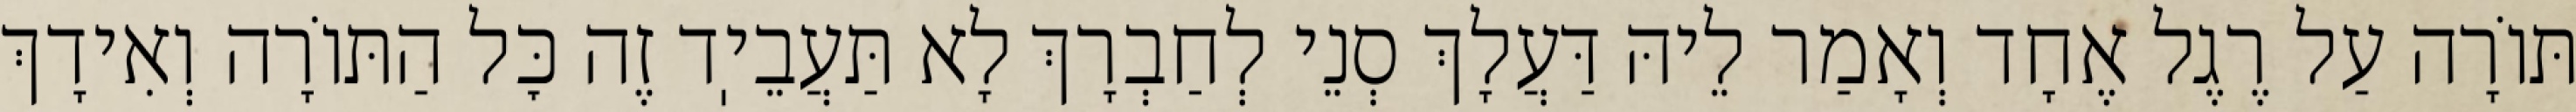
תּוֹרָה עַל רֶגֶל אֶחָד וְאָמַר לֵיהּ דַּעֲלָךְ סְנֵי לְחַבְרָךְ לָא תַּעֲבֵיֽד זֶה כׇּל הַתּוֹרָה וְאִידָךְ